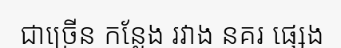
ជាច្រើន កន្លែង រវាង នគរ ផ្សេង